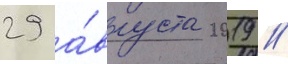
29 а́вгуста 2019 /